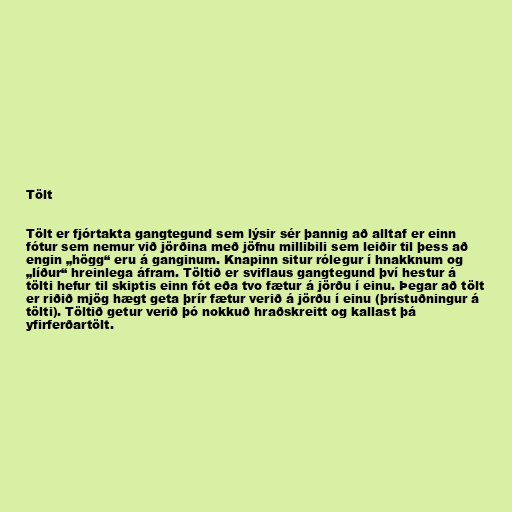
Tölt

Tölt er fjórtakta gangtegund sem lýsir sér þannig að alltaf er einn
fótur sem nemur við jörðina með jöfnu millibili sem leiðir til þess að
engin „högg“ eru á ganginum. Knapinn situr rólegur í hnakknum og
„líður“ hreinlega áfram. Töltið er sviflaus gangtegund því hestur á
tölti hefur til skiptis einn fót eða tvo fætur á jörðu í einu. Þegar að tölt
er riðið mjög hægt geta þrír fætur verið á jörðu í einu (þrístuðningur á
tölti). Töltið getur verið þó nokkuð hraðskreitt og kallast þá
yfirferðartölt.